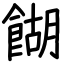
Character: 餬